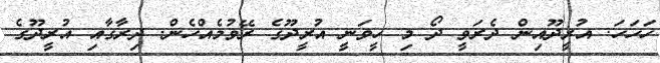
ހަހަހަ. އުރީދޫއިން ދެރަވީ ދޯ މި ހީވަނީ އުރީދޫގެ ރޭވުމެއްހެން. ދިރާގާއި އުރީދޫގެ